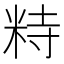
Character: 𥹩